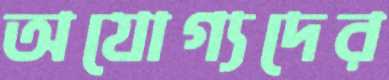
অযোগ্যদের